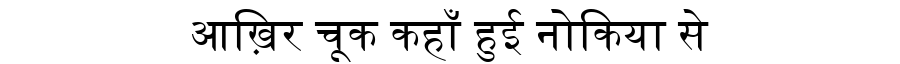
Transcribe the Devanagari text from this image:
आख़िर चूक कहाँ हुई नोकिया से